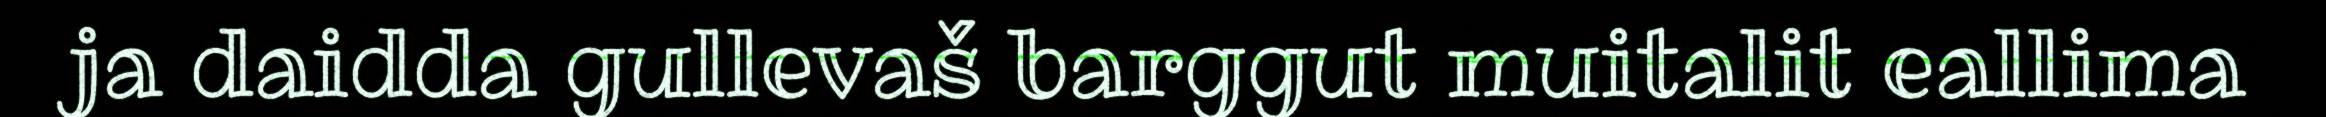
ja daidda gullevaš barggut muitalit eallima